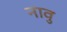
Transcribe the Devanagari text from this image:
नावु